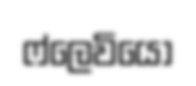
ෆ්ලෙවියෝ